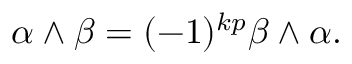
\alpha \wedge \beta = ( - 1 ) ^ { k p } \beta \wedge \alpha .